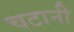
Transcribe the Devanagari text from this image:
चटानी